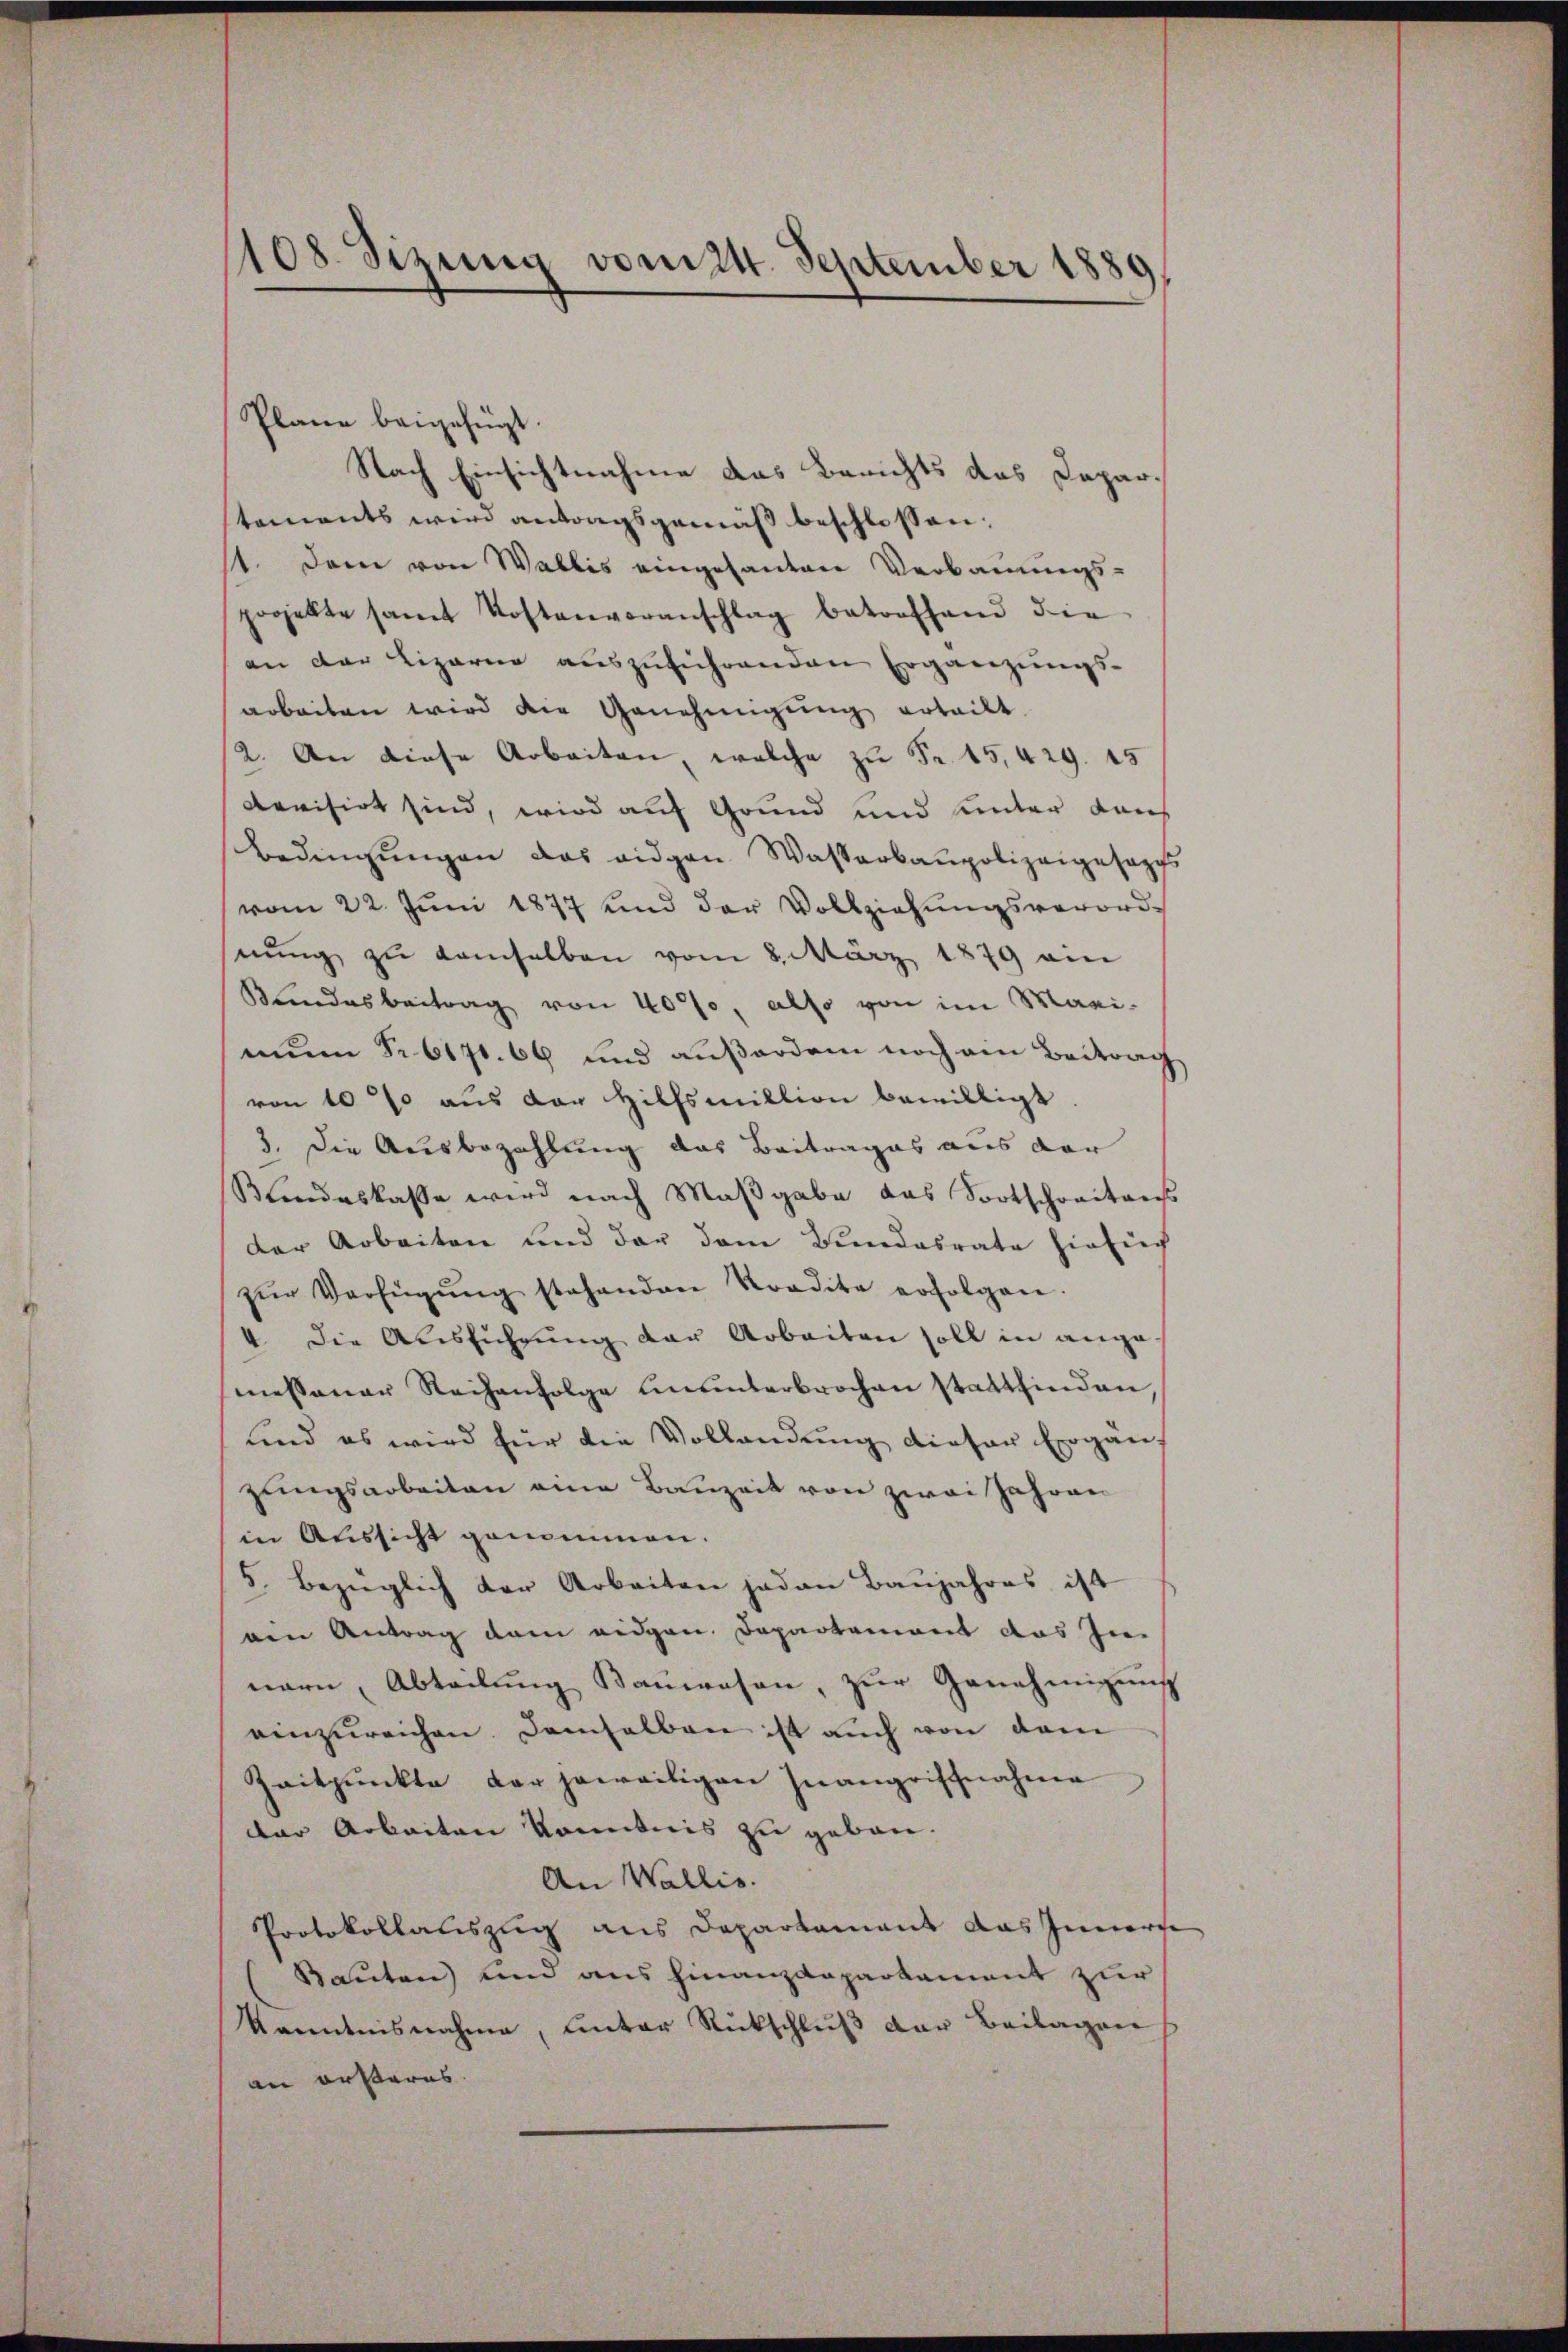
108. Sizung vom 21. September 1889

Plane beigefügt.
Nach Einsichtnahme das Berichts das Departements wird antragsgemäß beschlossen:
st. Dem von Wallis eingesanten Verbauungs-
projekte samt Kostenvoranschlag betreffend die
an der Lizario auszuführenden Ergänzungs-
arbeiten wird die Genehmigung ertheilt
(2. An diese Arbeiten, welche zu Fr. 15,429. 15
kevisirt sind, wird auf Grund und unter dans
Bedingŭngen das eidgen Wasserbaupolizeigesezes
vom 22. Jŭni 1877 und der Vollziehŭngsverord-
nŭng zu demselben vom 8. März 1879 am
Lindesbeitrag von 40%, also von im Maxi-
mun Nr. 6171. 66 und außerdem noch von Beitrag
von 10 % aus der Hilfsmillion bewilligt.
3. Die Ausbezahlung das Beitrages aus der
Kundeskasse wird nach Maßgabe das Fortschreitens
Der Arbeiten und der dem Bundesrate hiesig
zŭr Verfügŭng stehenden Kondita erfolgen.
4 die Ausführŭng der Arbeiten soll in angemessener Reihenfolge ununterbrochen stattfinden
sind es wird für die Vollandung dieser Ergän-
zungsarbeiten eine Bauzeit von zwei Jahren
in Aussicht genommen.
5. bezüglich der Arbeiten jeden Baŭjahres ist
nen Antrag dem eidgen. Departement das In-
nern, Abteilung Bauwesen, zur Genehmigung
einzŭreichen. Demselben ist auch von dem
Zeitpunkte der jeweiligen Inangriffnahme
der Arbeiten konntnis zu geben.
An Wallis.
Protokollauszug aus Departement das Innerse
Bauten) und aus Finanzdepartement zur
kanntnisnahme, unter Rückschluß der Beilagen
an ersteres.

¬